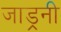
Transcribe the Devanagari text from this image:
जाड्रनी